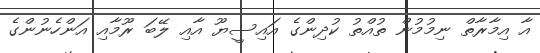
އާ އިމާރާތް ނިމުމުން ތުއްތު ކުދިންގެ އައިސީޔޫ އާއި ލޭބަ ރޫމާއި އަންހެނުންގެ